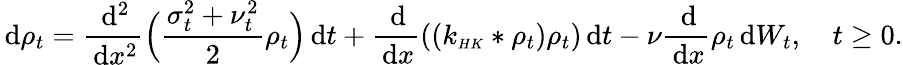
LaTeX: \, \mathrm{d}\rho_{t}=\frac{\, \mathrm{d}^{2}}{\, \mathrm{d}x^{2}}\Big(\frac{\sigma_{t}^{2}+\nu_{t}^{2}}{2}\rho_{t}\Big)\, \mathrm{d}t+\frac{\, \mathrm{d}}{\, \mathrm{d}x}((k_{\scriptscriptstyle{HK}}*\rho_{t})\rho_{t})\, \mathrm{d}t-\nu\frac{\, \mathrm{d}}{\, \mathrm{d}x}\rho_{t}\, \mathrm{d}W_{t},\quad t\geq 0.